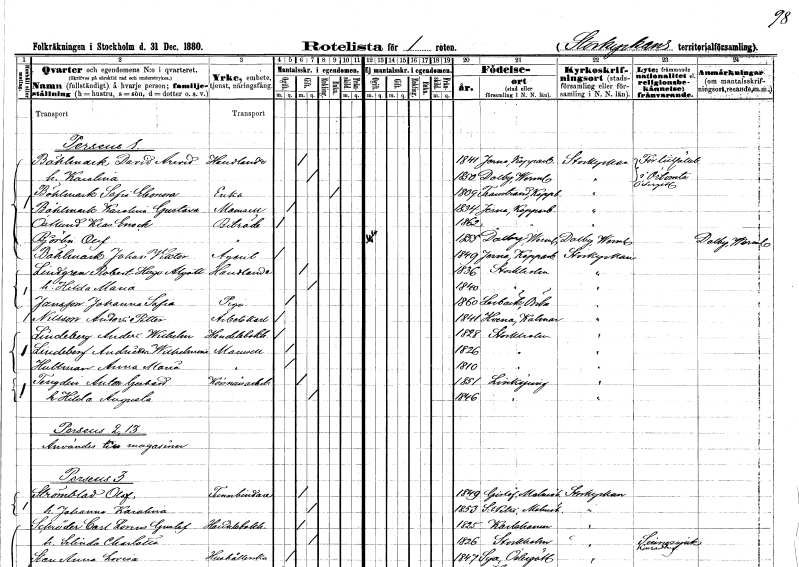
gt_parse: households: individuals: FN: David Arvid
EN: Böhlmark
YRKE: Handlande
KON: M
CIV: G
FODAR: 1841
FODFORS: Järna Kopparbergs län
FN: Karolina
KON: K
CIV: G
FODAR: 1850
FODFORS: Dalby Värmlands län
FN: Sofia Eleonora
EN: Böhlmark
YRKE: Änka
KON: K
CIV: E
FODAR: 1809
FODFORS: Transtrand Kopparbergs län
FN: Karolina Gustava
EN: Bählmark
KON: K
CIV: O
FODAR: 1834
FODFORS: Järna Kopparbergs län
FN: Klas Enock
EN: Östlund
YRKE: Biträde
KON: M
CIV: O
FODAR: 1862
FODFORS: Järna Kopparbergs län
FN: Olof
EN: Björlin
YRKE: Biträde
KON: M
CIV: O
FODAR: 1855
FODFORS: Dalby Värmlands län
FN: Johan Viktor
EN: Bählmark
YRKE: Agent
KON: M
CIV: O
FODAR: 1849
FODFORS: Järna Kopparbergs län
FN: Robert Hugo Algott
EN: Lindgren
YRKE: Handlande
KON: M
CIV: G
FODAR: 1836
FODFORS: Stockholm
FN: Hilda Maria
KON: K
CIV: G
FODAR: 1840
FODFORS: Stockholm
FN: Johanna Sofia
EN: Jansson
YRKE: Piga
KON: K
CIV: O
FODAR: 1860
FODFORS: Lerbäck Örebro län
FN: Anders Petter
EN: Nilsson
YRKE: Arbetskarl
KON: M
CIV: O
FODAR: 1841
FODFORS: Vena Kalmar län
FN: Anders Wilhelm
EN: Lindeberg
YRKE: Handelsbokhållare
KON: M
CIV: O
FODAR: 1828
FODFORS: Stockholm
FN: Andrietta Wilhelmina
EN: Lindeberg
KON: K
CIV: O
FODAR: 1826
FODFORS: Stockholm
FN: Anna Maria
EN: Hultman
KON: K
CIV: O
FODAR: 1810
FODFORS: Stockholm
FN: Anton Gerhard
EN: Tengdin
YRKE: Körsnärsarbetare
KON: M
CIV: G
FODAR: 1851
FODFORS: Linköping Östergötlands län
FN: Hilda Augusta
KON: K
CIV: G
FODAR: 1846
FODFORS: Linköping Östergötlands län
FN: Olof
EN: Strömblad
YRKE: Tunnbindare
KON: M
CIV: G
FODAR: 1849
FODFORS: Gislöv Malmöhus län
FN: Johanna Karolina
KON: K
CIV: G
FODAR: 1853
FODFORS: Sankt Petri Malmö Malmöhus län